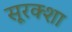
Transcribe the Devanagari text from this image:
सूरक्शा